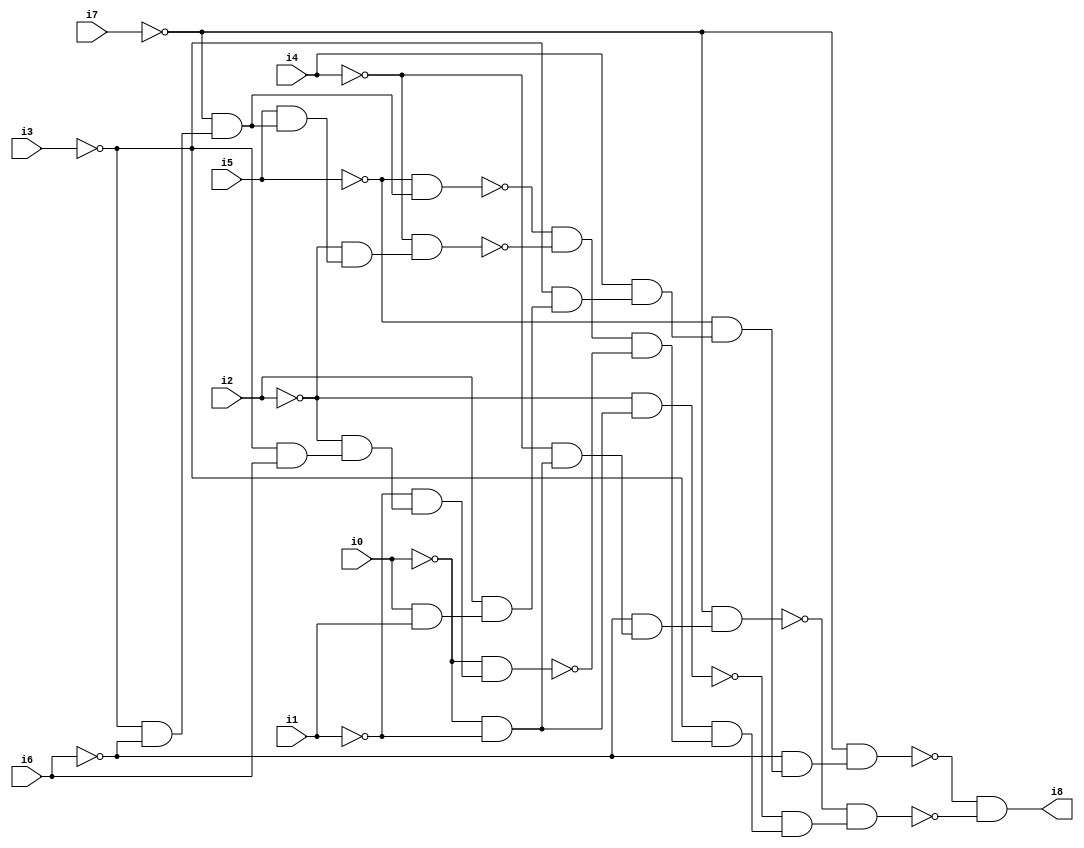
// Benchmark "SKOLEMFORMULA" written by ABC on Mon May  4 15:53:32 2020

module SKOLEMFORMULA ( 
    i0, i1, i2, i3, i4, i5, i6, i7,
    i8  );
  input  i0, i1, i2, i3, i4, i5, i6, i7;
  output i8;
  wire n10, n11, n12, n13, n14, n15, n16, n17, n18, n19, n20, n21, n22, n23,
    n24, n25, n26, n27, n28, n29, n30, n31, n32, n33, n34, n35, n36;
  assign n10 = ~i0 & ~i1;
  assign n11 = ~i2 & n10;
  assign n12 = ~i4 & n10;
  assign n13 = ~i6 & n12;
  assign n14 = ~i7 & n13;
  assign n15 = i0 & i1;
  assign n16 = i2 & n15;
  assign n17 = ~i3 & n16;
  assign n18 = i4 & n17;
  assign n19 = ~i5 & n18;
  assign n20 = ~i6 & n19;
  assign n21 = ~i7 & n20;
  assign n22 = ~i3 & ~i6;
  assign n23 = ~i7 & n22;
  assign n24 = ~i5 & n23;
  assign n25 = i5 & n23;
  assign n26 = ~i2 & n25;
  assign n27 = ~i4 & n26;
  assign n28 = ~n24 & ~n27;
  assign n29 = ~i3 & i6;
  assign n30 = ~i2 & n29;
  assign n31 = ~i1 & n30;
  assign n32 = ~i0 & n31;
  assign n33 = n28 & ~n32;
  assign n34 = ~i3 & n33;
  assign n35 = ~n11 & n34;
  assign n36 = ~n14 & n35;
  assign i8 = ~n21 & ~n36;
endmodule